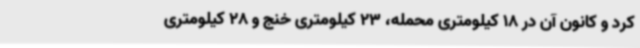
کرد و کانون آن در 18 کیلومتری محمله، 23 کیلومتری خنج و 28 کیلومتری